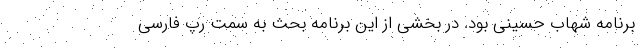
برنامه شهاب حسینی بود. در بخشی از این برنامه بحث به سمت رپ فارسی